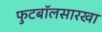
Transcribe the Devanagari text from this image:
फुटबॉलसारखा